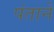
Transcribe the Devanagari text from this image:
पंतानें